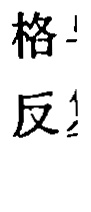
格！

反！